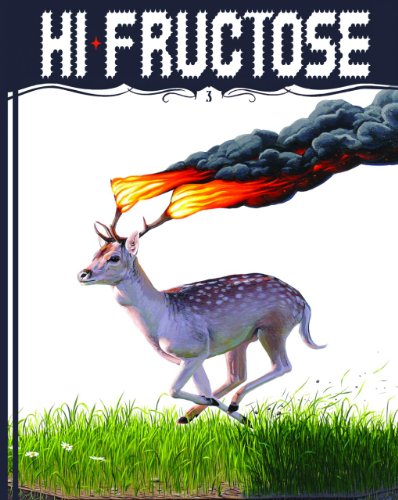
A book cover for Hi-Fructose Collected Edition Volume 3: New Contemporary Art; Arts & Photography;